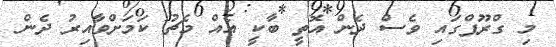
މި ގްރޫޕްގައި ވެސް ދެން އޮތީ ބާކީ އެއް މެޗު ކަމަށްވާއިރު ދެން